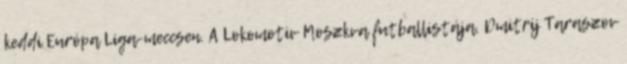
keddi Európa Liga-meccsen. A Lokomotiv Moszkva futballistája, Dmitrij Taraszov